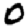
Digit: 0